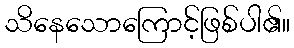
သိနေသောကြောင့်ဖြစ်ပါ၏။